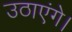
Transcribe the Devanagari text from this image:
उठाएंगे।